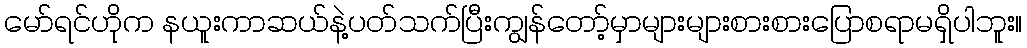
မော်ရင်ဟိုက နယူးကာဆယ်နဲ့ပတ်သက်ပြီးကျွန်တော့်မှာများများစားစားပြောစရာမရှိပါဘူး။